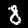
Label: 8